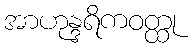
အာဟုန္ဒရိကဝတ္ထု